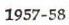
1957-58